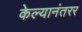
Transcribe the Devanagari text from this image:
केल्यानंतरर